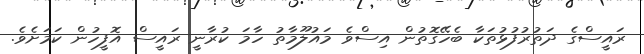
ރައީސްގެ ދަތުރުފުޅުތަކާ ބެހޭގޮތުން އިސްވެ މައުލޫމާތު ހާމަ ކުރާނީ ރައީސް އޮފީހުން ކަމަށެވެ.